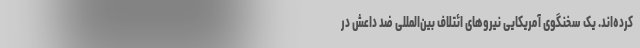
کرده‌اند. یک سخنگوی آمریکایی نیروهای ائتلاف بین‌المللی ضد داعش در